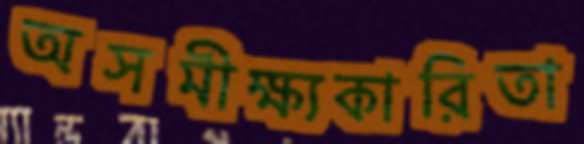
অসমীক্ষ্যকারিতা